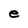
Character: e